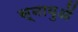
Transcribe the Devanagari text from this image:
स्‍नायुओं